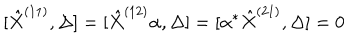
LaTeX: [ \hat { X } ^ { ( 1 1 ) } , \Delta ] = [ \hat { X } ^ { ( 1 2 ) } \alpha , \Delta ] = [ \alpha ^ { * } \hat { X } ^ { ( 2 1 ) } , \Delta ] = 0